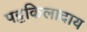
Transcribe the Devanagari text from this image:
पट्टकिलादाय